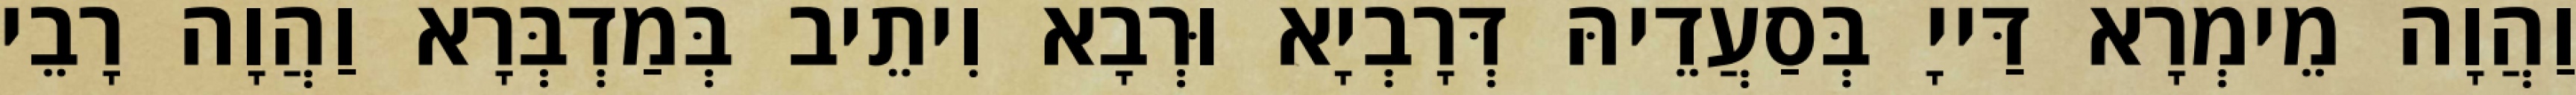
וַהֲוָה מֵימְרָא דַּייָ בְּסַעֲדֵיהּ דְּרָבְיָא וּרְבָא וִיתֵיב בְּמַדְבְּרָא וַהֲוָה רָבֵי